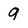
Character: 9